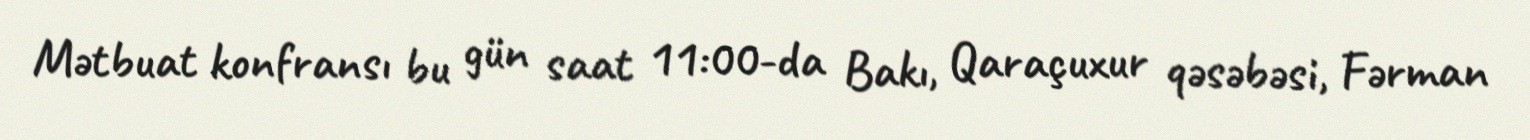
Mətbuat konfransı bu gün saat 11:00-da Bakı, Qaraçuxur qəsəbəsi, Fərman